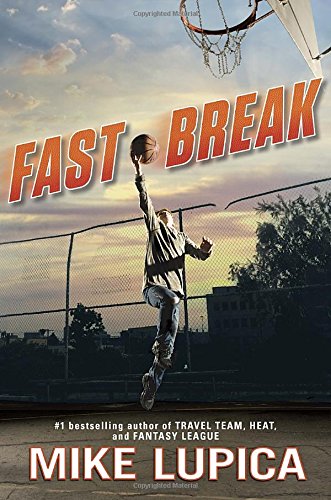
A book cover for Fast Break; Mike Lupica; Children's Books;